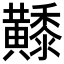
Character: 𪏦